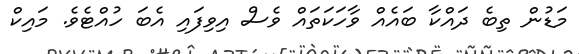
މަޑުން ތިބެ ދައްކާ ބައެއް ވާހަކަތައް ވެސް އިވިފައި އެބަ ހުއްޓެވެ. މައިކް